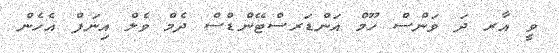
ވީ އާރ ދަ ވަންސް ހޫމް އަންޑަރސްޓޭންޑްސް ދެމް ވެލް އިނަފް އެހެން